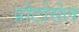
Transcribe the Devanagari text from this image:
प्रोटोसेल